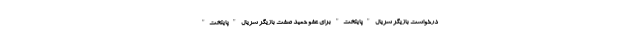
درخواست بازیگر سریال "پایتخت" برای عفو حمید صفت بازیگر سریال "پایتخت"